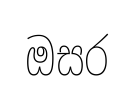
ඔසර